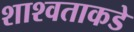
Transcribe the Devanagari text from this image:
शाश्वताकडे